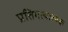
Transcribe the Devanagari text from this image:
प्रतिगत्यात्मक